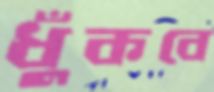
ধুঁকবে